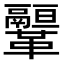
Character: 𩍻